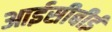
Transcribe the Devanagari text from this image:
आईसीबीई